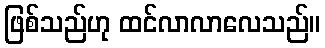
ဖြစ်သည်ဟု ထင်လာလာလေသည်။